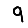
Digit: 9